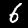
Label: 6